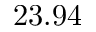
2 3 . 9 4